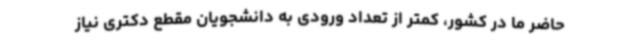
حاضر ما در کشور، کمتر از تعداد ورودی به دانشجویان مقطع دکتری نیاز